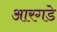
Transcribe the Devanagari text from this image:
आरगडे